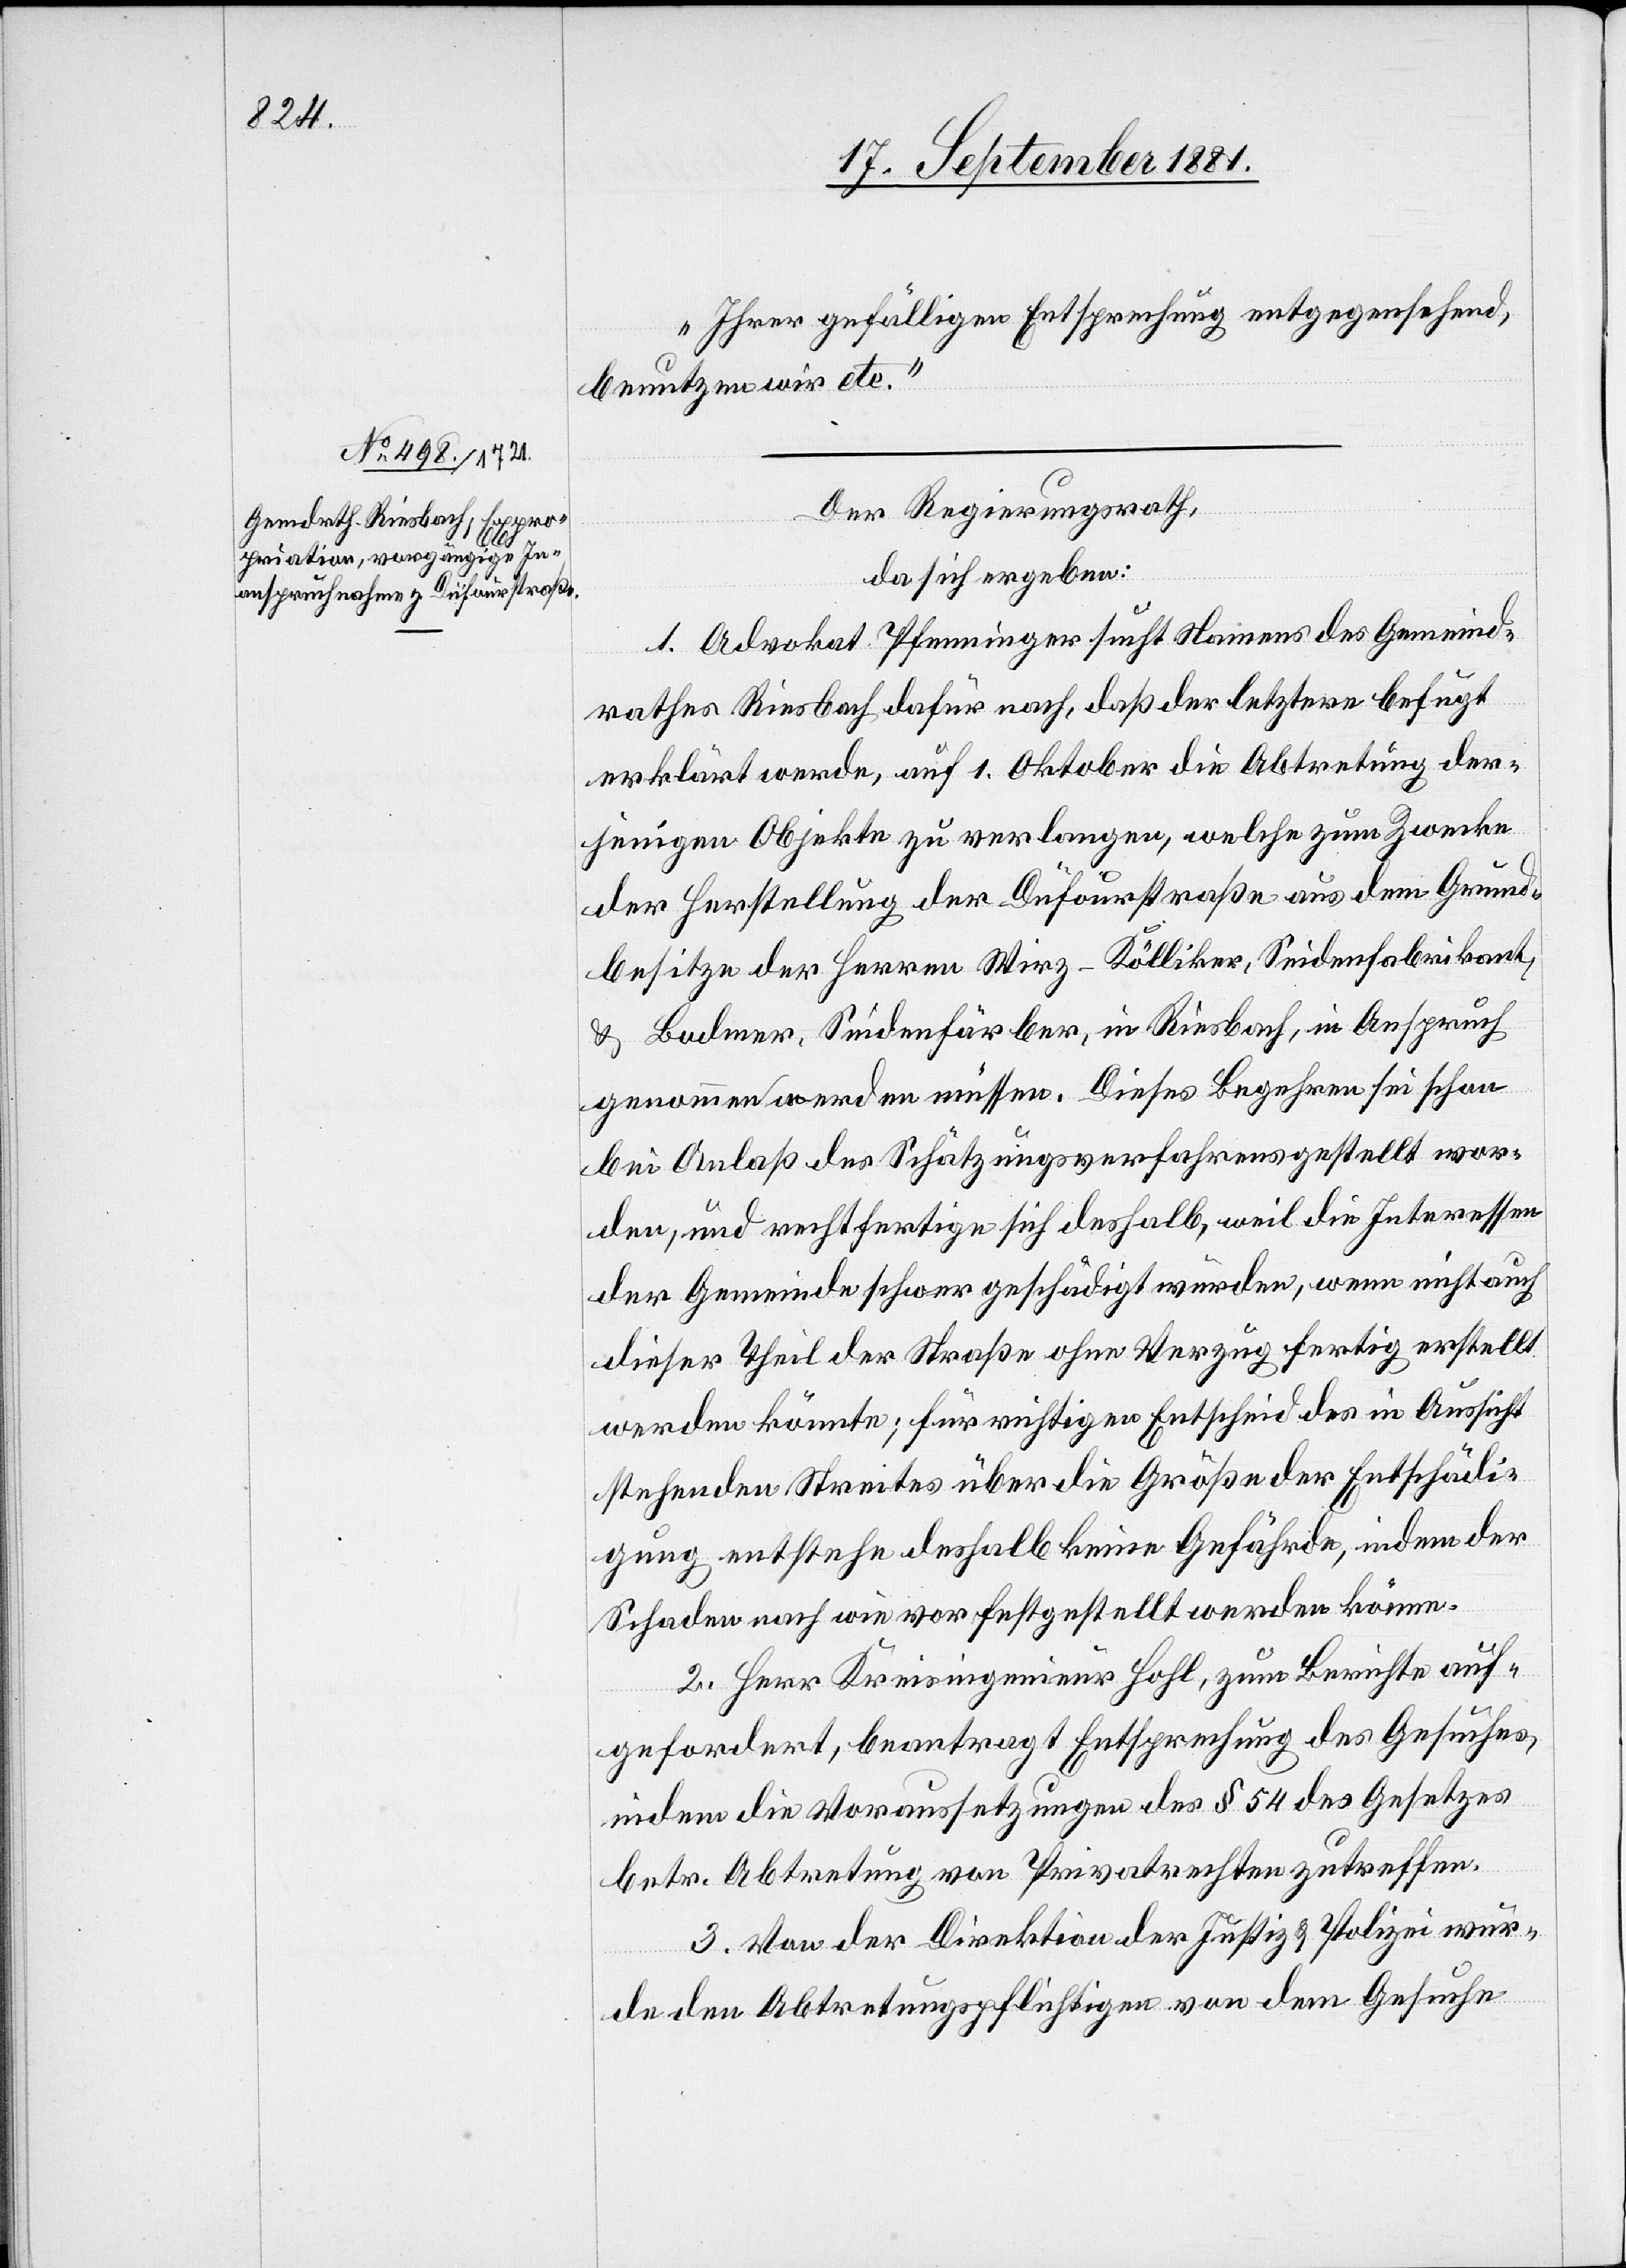
Ihrer gefälligen Entsprechung entgegensehend,
benutzen wir etc.“
Der Regierungsrath,
da sich ergeben:
1. Advokat Pfenninger sucht Namens des Gemeind¬
rathes Riesbach dafür nach, daß der letztere befugt
erklärt werde, auf 1. Oktober die Abtretung der¬
jenigen Objekte zu verlangen, welche zum Zwecke
der Herstellung der Düfourstraße aus dem Grund¬
besitze der Herren Wirz-Kölliker, Seidenfabrikant,
& Bodmer, Seidenfärber, in Riesbach, in Anspruch
genommen werden müssen. Dieses Begehren sei schon
bei Anlaß des Schätzungsverfahrens gestellt wor¬
den, und rechtfertige sich deshalb, weil die Interessen
der Gemeinde schwer geschädigt wurden, wenn nicht auch
dieser Theil der Straße ohne Verzug fertig erstellt
werden könnte; für richtigen Entscheid des in Aussicht
stehenden Streites über die Größe der Entschädi¬
gung entstehe deshalb keine Gefährde, indem der
Schaden nach wie vor festgestellt werden könne.
2. Herr Kreisingenieur Hohl, zum Berichte auf¬
gefordert, beantragt Entsprechung des Gesuches,
indem die Voraussetzungen des § 54 des Gesetzes
betr. Abtretung von Privatrechten zutreffen.
3. Von der Direktion der Justiz & Polizei wur¬
de den Abtretungspflichtigen von dem Gesuche